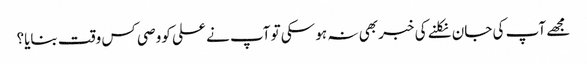
مجھے آپ کی جان نکلنے کی خبر بھی نہ ہو سکی تو آپ نے علی کووصی کس وقت بنایا؟